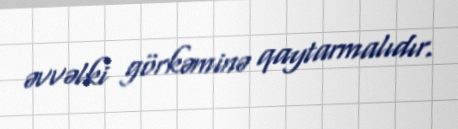
əvvəlki görkəminə qaytarmalıdır.